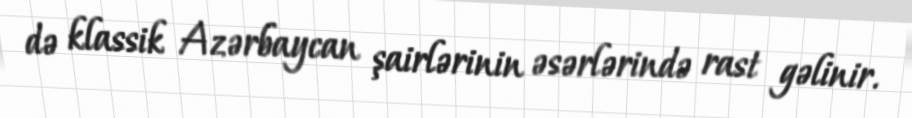
də klassik Azərbaycan şairlərinin əsərlərində rast gəlinir.